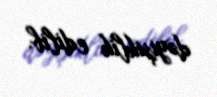
dəyişiklik edilib.